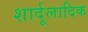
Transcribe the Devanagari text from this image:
शार्दूलादिक